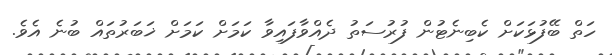
ހަތް ބޭފުޅަކަށް ކެބިނެޓުން ފުރުސަތު ދެއްވާފައިވާ ކަމަށް ކަމަށް ޚަބަރުތައް ބުނެ އެވެ.